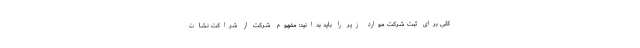
کلی برای ثبت شرکت موارد زیر را باید بدانید: مفهوم شرکت از شراکت نشات